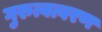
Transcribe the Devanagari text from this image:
गुरुत्वत्वरण